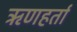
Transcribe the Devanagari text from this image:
ऋणहर्ता